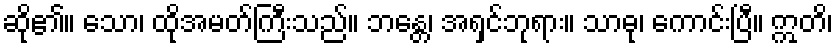
ဆို၏။ သော၊ ထိုအမတ်ကြီးသည်။ ဘန္တေ၊ အရှင်ဘုရား။ သာဓု၊ ကောင်းပြီ။ ဣတိ၊